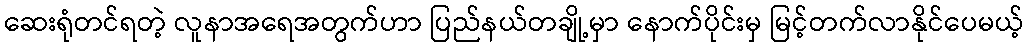
ဆေးရုံတင်ရတဲ့ လူနာအရေအတွက်ဟာ ပြည်နယ်တချို့မှာ နောက်ပိုင်းမှ မြင့်တက်လာနိုင်ပေမယ့်